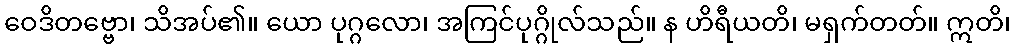
ဝေဒိတဗ္ဗော၊ သိအပ်၏။ ယော ပုဂ္ဂလော၊ အကြင်ပုဂ္ဂိုလ်သည်။ န ဟိရီယတိ၊ မရှက်တတ်။ ဣတိ၊